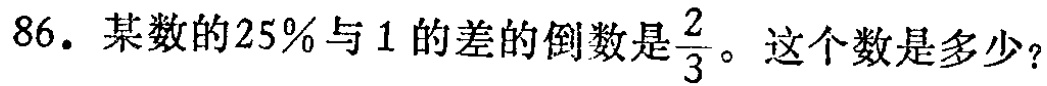
86. 某数的25%与1的差的倒数是$\frac{2}{3}$。这个数是多少？